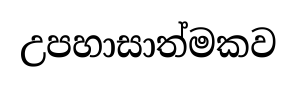
උපහාසාත්මකව